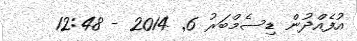
އުފެއްދުން ޑިސެމްބަރު 6